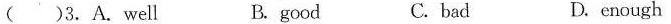
( )3.A.Well B. good C. bad D. enough